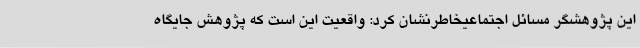
این پژوهشگر مسائل اجتماعیخاطرنشان کرد: واقعیت این است که پژوهش جایگاه